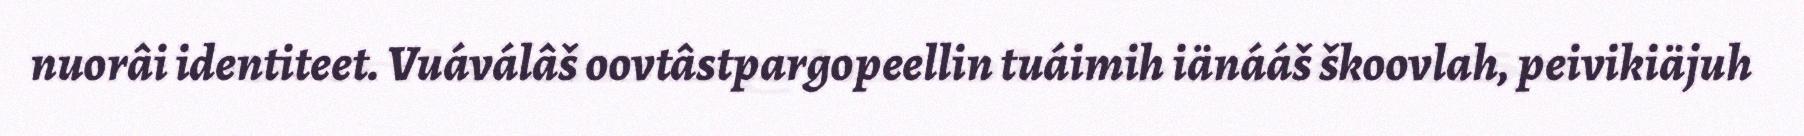
nuorâi identiteet. Vuáválâš oovtâstpargopeellin tuáimih iänááš škoovlah, peivikiäjuh